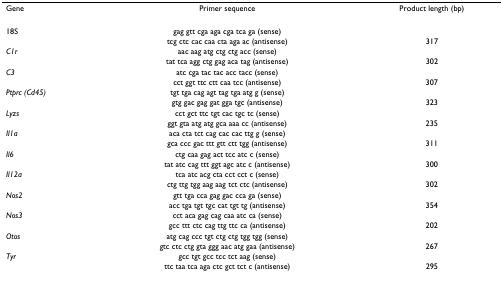
<table><thead><tr><td><b>Gene</b></td><td><b>Primer sequence</b></td><td><b>Product length (bp)</b></td></tr></thead><tbody><tr><td>18S</td><td>gag gtt cga aga cga tca ga (sense)</td><td></td></tr><tr><td></td><td>tcg ctc cac caa cta aga ac (antisense)</td><td>317</td></tr><tr><td><i>C1r</i></td><td>aac aag atg ctg ctg acc (sense)</td><td></td></tr><tr><td></td><td>tat tca agg ctg gag aca tag (antisense)</td><td>302</td></tr><tr><td><i>C3</i></td><td>atc cga tac tac acc tacc (sense)</td><td></td></tr><tr><td></td><td>cct ggt ttc ctt caa tcc (antisense)</td><td>307</td></tr><tr><td><i>Ptprc (Cd45)</i></td><td>tgt tga cag agt tag tga atg g (sense)</td><td></td></tr><tr><td></td><td>gtg gac gag gat gga tgc (antisense)</td><td>323</td></tr><tr><td><i>Lyzs</i></td><td>cct gct ttc tgt cac tgc tc (sense)</td><td></td></tr><tr><td></td><td>ggt gta atg atg gca aaa cc (antisense)</td><td>235</td></tr><tr><td><i>Il1a</i></td><td>aca cta tct cag cac cac ttg g (sense)</td><td></td></tr><tr><td></td><td>gca ccc gac ttt gtt ctt tgg (antisense)</td><td>311</td></tr><tr><td><i>Il6</i></td><td>ctg caa gag act tcc atc c (sense)</td><td></td></tr><tr><td></td><td>tat atc cag ttt ggt agc atc c (antisense)</td><td>300</td></tr><tr><td><i>Il12a</i></td><td>tca atc acg cta cct cct c (sense)</td><td></td></tr><tr><td></td><td>ctg ttg tgg aag aag tct ctc (antisense)</td><td>302</td></tr><tr><td><i>Nos2</i></td><td>gtt tga cca gag gac cca ga (sense)</td><td></td></tr><tr><td></td><td>acc tga tgt tgc cat tgt tg (antisense)</td><td>354</td></tr><tr><td><i>Nos3</i></td><td>cct aca gag cag caa atc ca (sense)</td><td></td></tr><tr><td></td><td>gcc ttt ctc cag ttg ttc ca (antisense)</td><td>202</td></tr><tr><td><i>Otos</i></td><td>atg cag ccc tgt ctg ctg tgg tgg (sense)</td><td></td></tr><tr><td></td><td>gtc ctc ctg gta ggg aac atg gaa (antisense)</td><td>267</td></tr><tr><td><i>Tyr</i></td><td>gcc tgt gcc tcc tct aag (sense)</td><td></td></tr><tr><td></td><td>ttc taa tca aga ctc gct tct c (antisense)</td><td>295</td></tr></tbody></table>